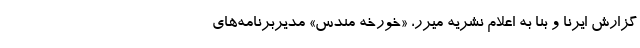
گزارش ایرنا و بنا به اعلام نشریه میرر، «خورخه مندس» مدیربرنامه‌های